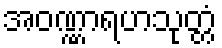
အဝဏ္ဏာရဟသုတ္တံ